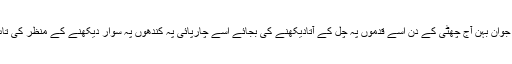
تیسرے طالب علم کی جوان بہن آج چھٹی کے دن اسے قدموں پہ چل کے آتادیکھنے کی بجائے اسے چارپائی پہ کندھوں پہ سوار دیکھنے کے منظر کی تاب لا پائے گی یانہیں؟